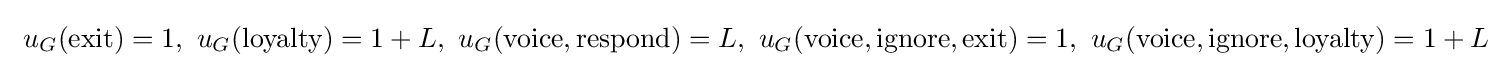
\ u_{G}({\text{exit}})=1,\ u_{G}({\text{loyalty}})=1+L,\ u_{G}({\text{voice}},{\text{respond}})=L,\ u_{G}({\text{voice}},{\text{ignore}},{\text{exit}})=1,\ u_{G}({\text{voice}},{\text{ignore}},{\text{loyalty}})=1+L